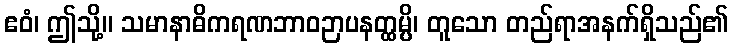
ဧဝံ၊ ဤသို့။ သမာနာဓိကရဏဘာဝဉာပနတ္ထမ္ပိ၊ တူသော တည်ရာအနက်ရှိသည်၏